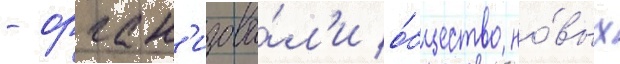
- орган'изова́л'и о́бщество но́вых